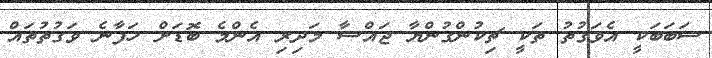
ސަބަބަކީ އެވަގުތު ތަކީ ޗިކުންގުންޔާ ޖައްސާ މަދިރި އެންމެ ބޮޑަށް ހަފާނެ ވަގުތުތައް